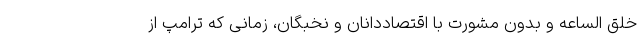
خلق الساعه و بدون مشورت با اقتصاددانان و نخبگان، زمانی که ترامپ از